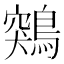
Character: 鶟